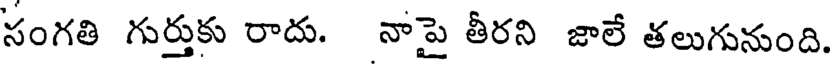
సంగతి గుర్తుకు రాదు. నాపై తీరని జాలే తలుగునుంది.